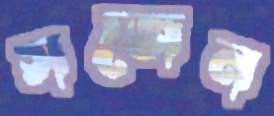
সজেন